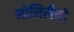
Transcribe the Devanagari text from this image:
नोसिरीनो